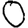
Digit: 0